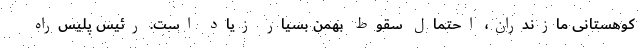
کوهستانی مازندران، احتمال سقوط بهمن بسیار زیاد است. رئیس پلیس‌راه